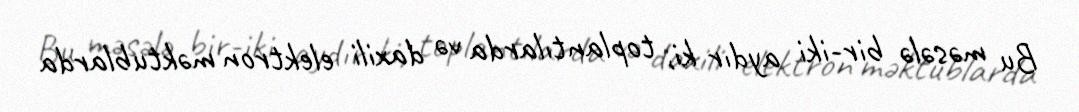
Bu məsələ bir-iki aydır ki, toplantılarda və daxili elektron məktublarda